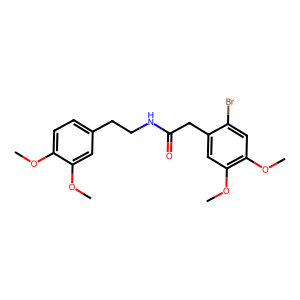
SMILES: COc1ccc(CCNC(=O)Cc2cc(OC)c(OC)cc2Br)cc1OC
Inhibits HIV replication: No